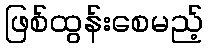
ဖြစ်ထွန်းစေမည့်